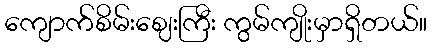
ကျောက်စိမ်းဈေးကြီး ကွမ်ကျိုးမှာရှိတယ်။